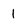
Character: 1